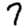
Digit: 7